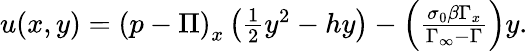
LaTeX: \begin{array}{r}{u(x,y)=\left(p-\Pi\right)_{x}\left(\frac 12y^{2}-hy\right)-\left(\frac{\sigma_{0}\beta\Gamma_{x}}{\Gamma_{\infty}-\Gamma}\right)y.}\end{array}